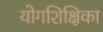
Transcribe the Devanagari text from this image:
योगशिक्षिका